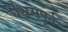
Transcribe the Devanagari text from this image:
बेंथमपूर्व